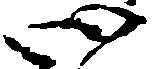
心